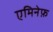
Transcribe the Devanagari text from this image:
एमिनेफ़